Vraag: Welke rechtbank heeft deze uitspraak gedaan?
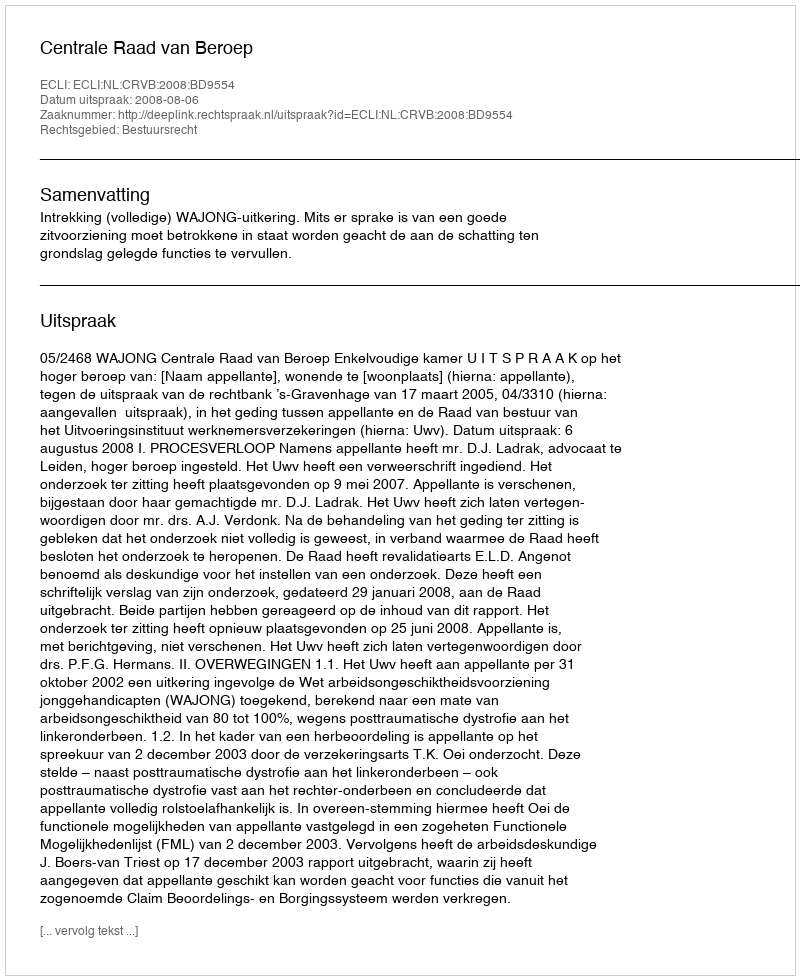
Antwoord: Centrale Raad van Beroep